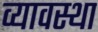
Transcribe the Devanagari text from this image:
व्यावस्था